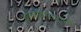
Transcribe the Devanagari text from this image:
शाखाविस्ताराची